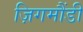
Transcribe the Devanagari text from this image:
ज़िगमौंडी